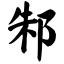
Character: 邾